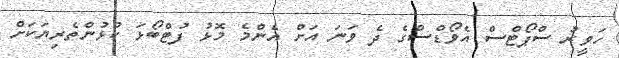
ހަވީރު ސްޕޯޓްސް އެވޯޑްސްގެ ދެ ވަނަ އަށް އެންމެ މޮޅު ފުޓްބޯޅަ ކުޅުންތެރިޔަކަށް